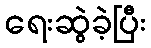
ရေးဆွဲခဲ့ပြီး